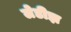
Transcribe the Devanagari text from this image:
लेडीझ